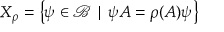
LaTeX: X _ { \rho } = \left\{ \psi \in \mathcal { B } \mid \psi A = \rho ( A ) \psi \right\}